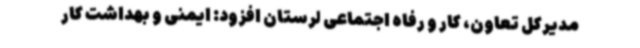
مدیرکل تعاون، کار و رفاه اجتماعی لرستان افزود: ایمنی و بهداشت کار